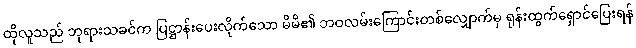
ထိုလူသည် ဘုရားသခင်က ပြဋ္ဌာန်းပေးလိုက်သော မိမိ၏ ဘဝလမ်းကြောင်းတစ်လျှောက်မှ ရုန်းထွက်ရှောင်ပြေးရန်